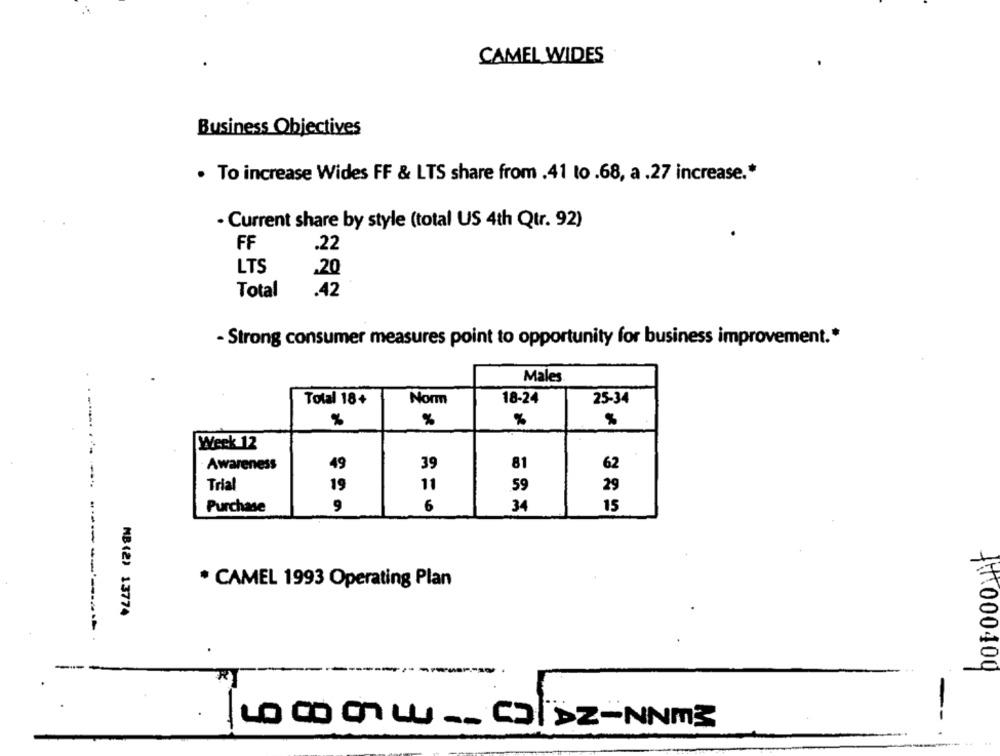
CAMEL WIDES
Business Objectives
· To increase Wides FF & LTS share from .41 to .68, a .27 increase .*
. Current share by style (total US 4th Qtr. 92)
FF
.22
LTS
.20
Total
.42
- Strong consumer measures point to opportunity for business improvement .*
Males
Norm
18-24
25-34
Total 18+
%
%
%
Week 12
Awareness
49
39
81
62
Trial
19
11
59
29
9
6
34
Purchase
15
* CAMEL 1993 Operating Plan
MB(2) 13774
--------------
000409
R